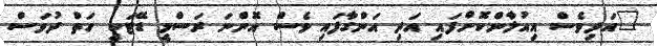
"އަދިވެސް އިއުލާންކޮށްފައި އަދި އަންގާފައި ވެސް އޮންނަ ރަސްމީ ޑޭޓަކީ ހަތް ދުވަސް